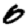
Digit: 0